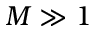
M \gg 1